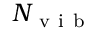
N _ { \mathrm { ~ v ~ i ~ b ~ } }